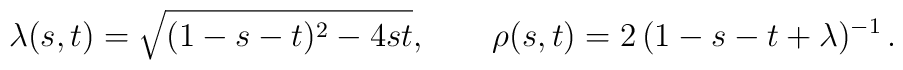
\lambda(s,t) = \sqrt{(1-s-t)^2-4st}, \qquad \rho(s,t) = 2\,(1-s-t+\lambda)^{-1} \, .